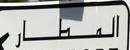
المطار